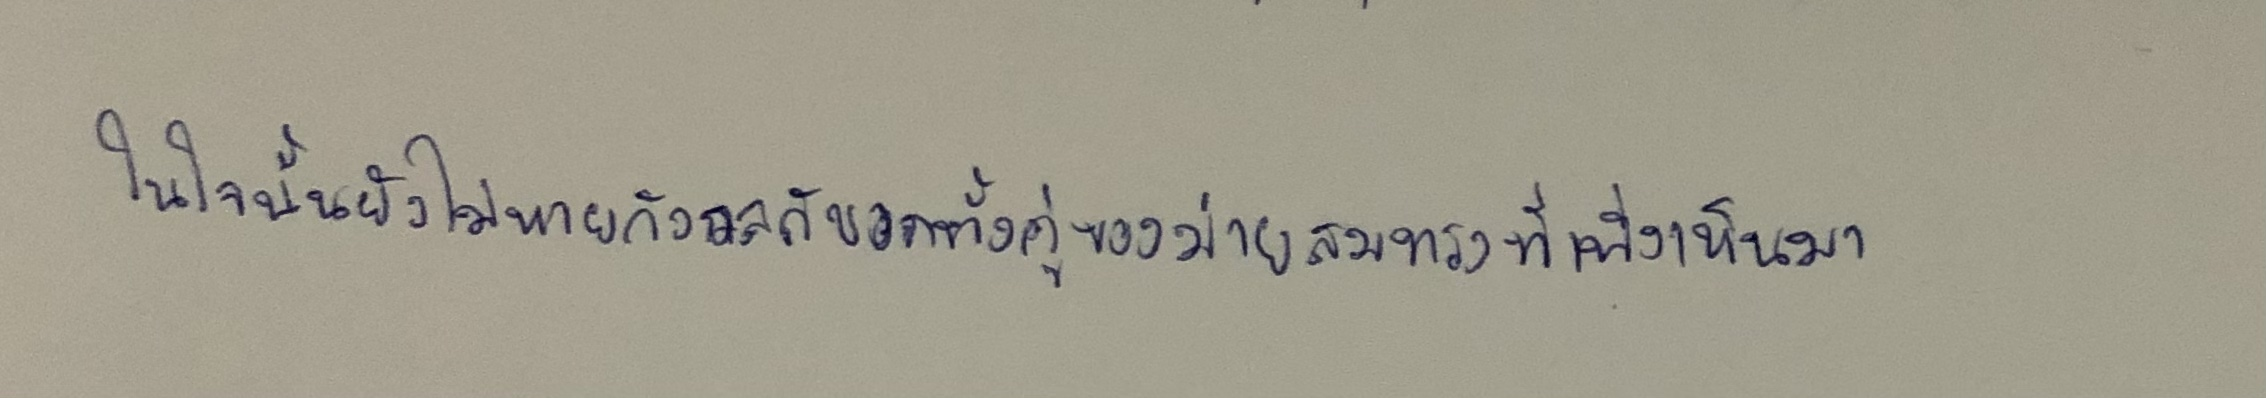
ในใจนั้นยังไม่หายกังวลกับอกทั้งคู่ของม่ายสมทรงที่เพิ่งเห็นมา